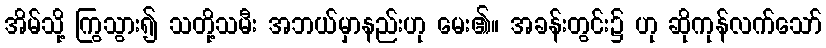
အိမ်သို့ ကြွသွား၍ သတို့သမီး အဘယ်မှာနည်းဟု မေး၏။ အခန်းတွင်း၌ ဟု ဆိုကုန်လက်သော်